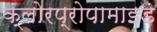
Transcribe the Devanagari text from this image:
क्लोरप्रोपामाइड